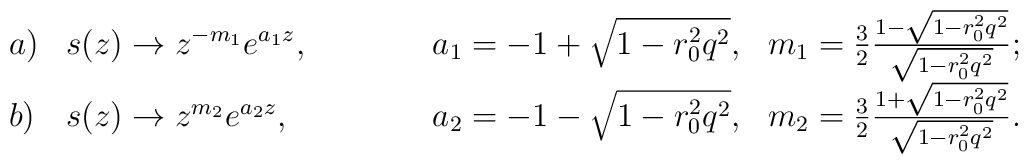
\begin{array}{llll} a) & s(z)\rightarrow z^{-m_1}e^{a_1z}, &\hspace{0.5in}   a_1=-1+\sqrt{1-r_0^2q^2},   & m_1=\frac{3}{2}\frac{1-\sqrt{1-r_0^2q^2}}{\sqrt{1-r_0^2q^2}};     \\ b) & s(z)\rightarrow z^{m_2}e^{a_2z}, &\hspace{0.5in}   a_2=-1-\sqrt{1-r_0^2q^2},   & m_2=\frac{3}{2}\frac{1+\sqrt{1-r_0^2q^2}}{\sqrt{1-r_0^2q^2}}. \end{array}